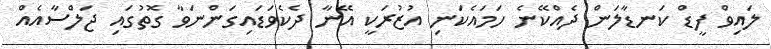
ލައިވް ފީޑް ކަނޑާލަން ދެއްކޭނެ ހަމައެކަނި އުޒުރަކީ އޭނާ ދެކެވަޑައިގަންނަވާ ގޮތުގައި ޖަލްސާއެއް